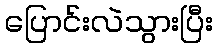
ပြောင်းလဲသွားပြီး